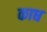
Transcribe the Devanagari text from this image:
काध